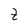
Character: t